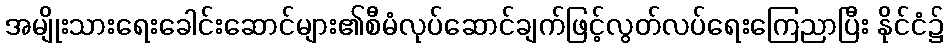
အမျိုးသားရေးခေါင်းဆောင်များ၏စီမံလုပ်ဆောင်ချက်ဖြင့်လွတ်လပ်ရေးကြေညာပြီး နိုင်ငံ၌